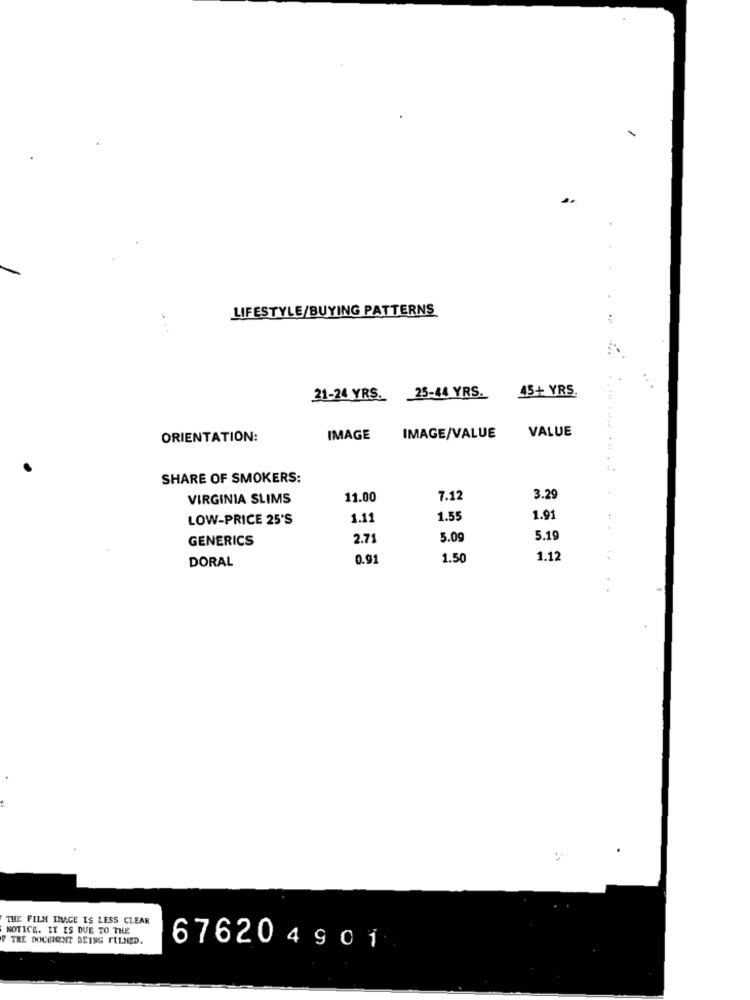
LIFESTYLE/BUYING PATTERNS
15+ YRS.
21-24 YRS. 25-44 YRS.
VALUE
ORIENTATION:
IMAGE
IMAGE/VALUE
SHARE OF SMOKERS:
VIRGINIA SLIMS
11.00
7.12
3.29
LOW-PRICE 25'S
1.11
1.55
1.91
GENERICS
2.71
5.09
5.19
DORAL
0.91
1.50
1.12
THE FILM DIMAGE IS LESS CLEAR
NOTICE. IT IS DUE TO THE
F THE DOCHROENT BEING FILMED.
676204901